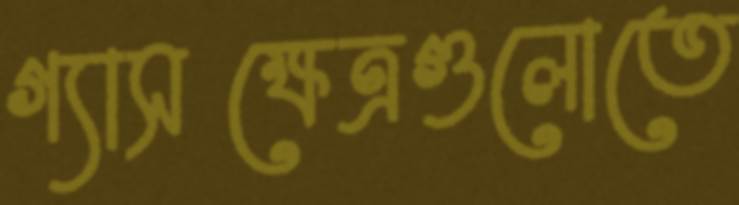
গ্যাসক্ষেত্রগুলোতে